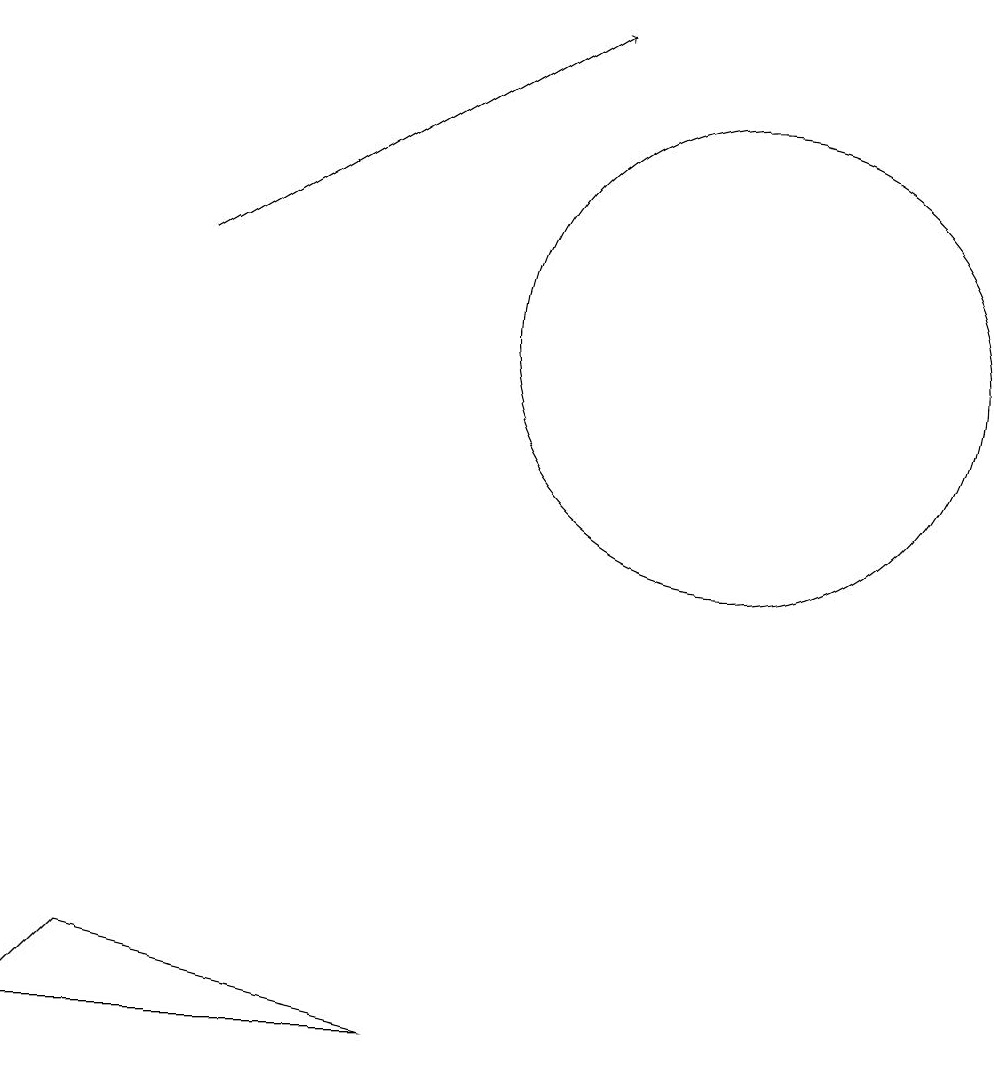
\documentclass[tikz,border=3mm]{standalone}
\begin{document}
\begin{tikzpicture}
\draw (7,2) -- (2,2) -- (3,3) -- cycle;
\draw[->] (4,12) -- (9,15);
\draw (11,11) circle (3);
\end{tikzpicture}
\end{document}